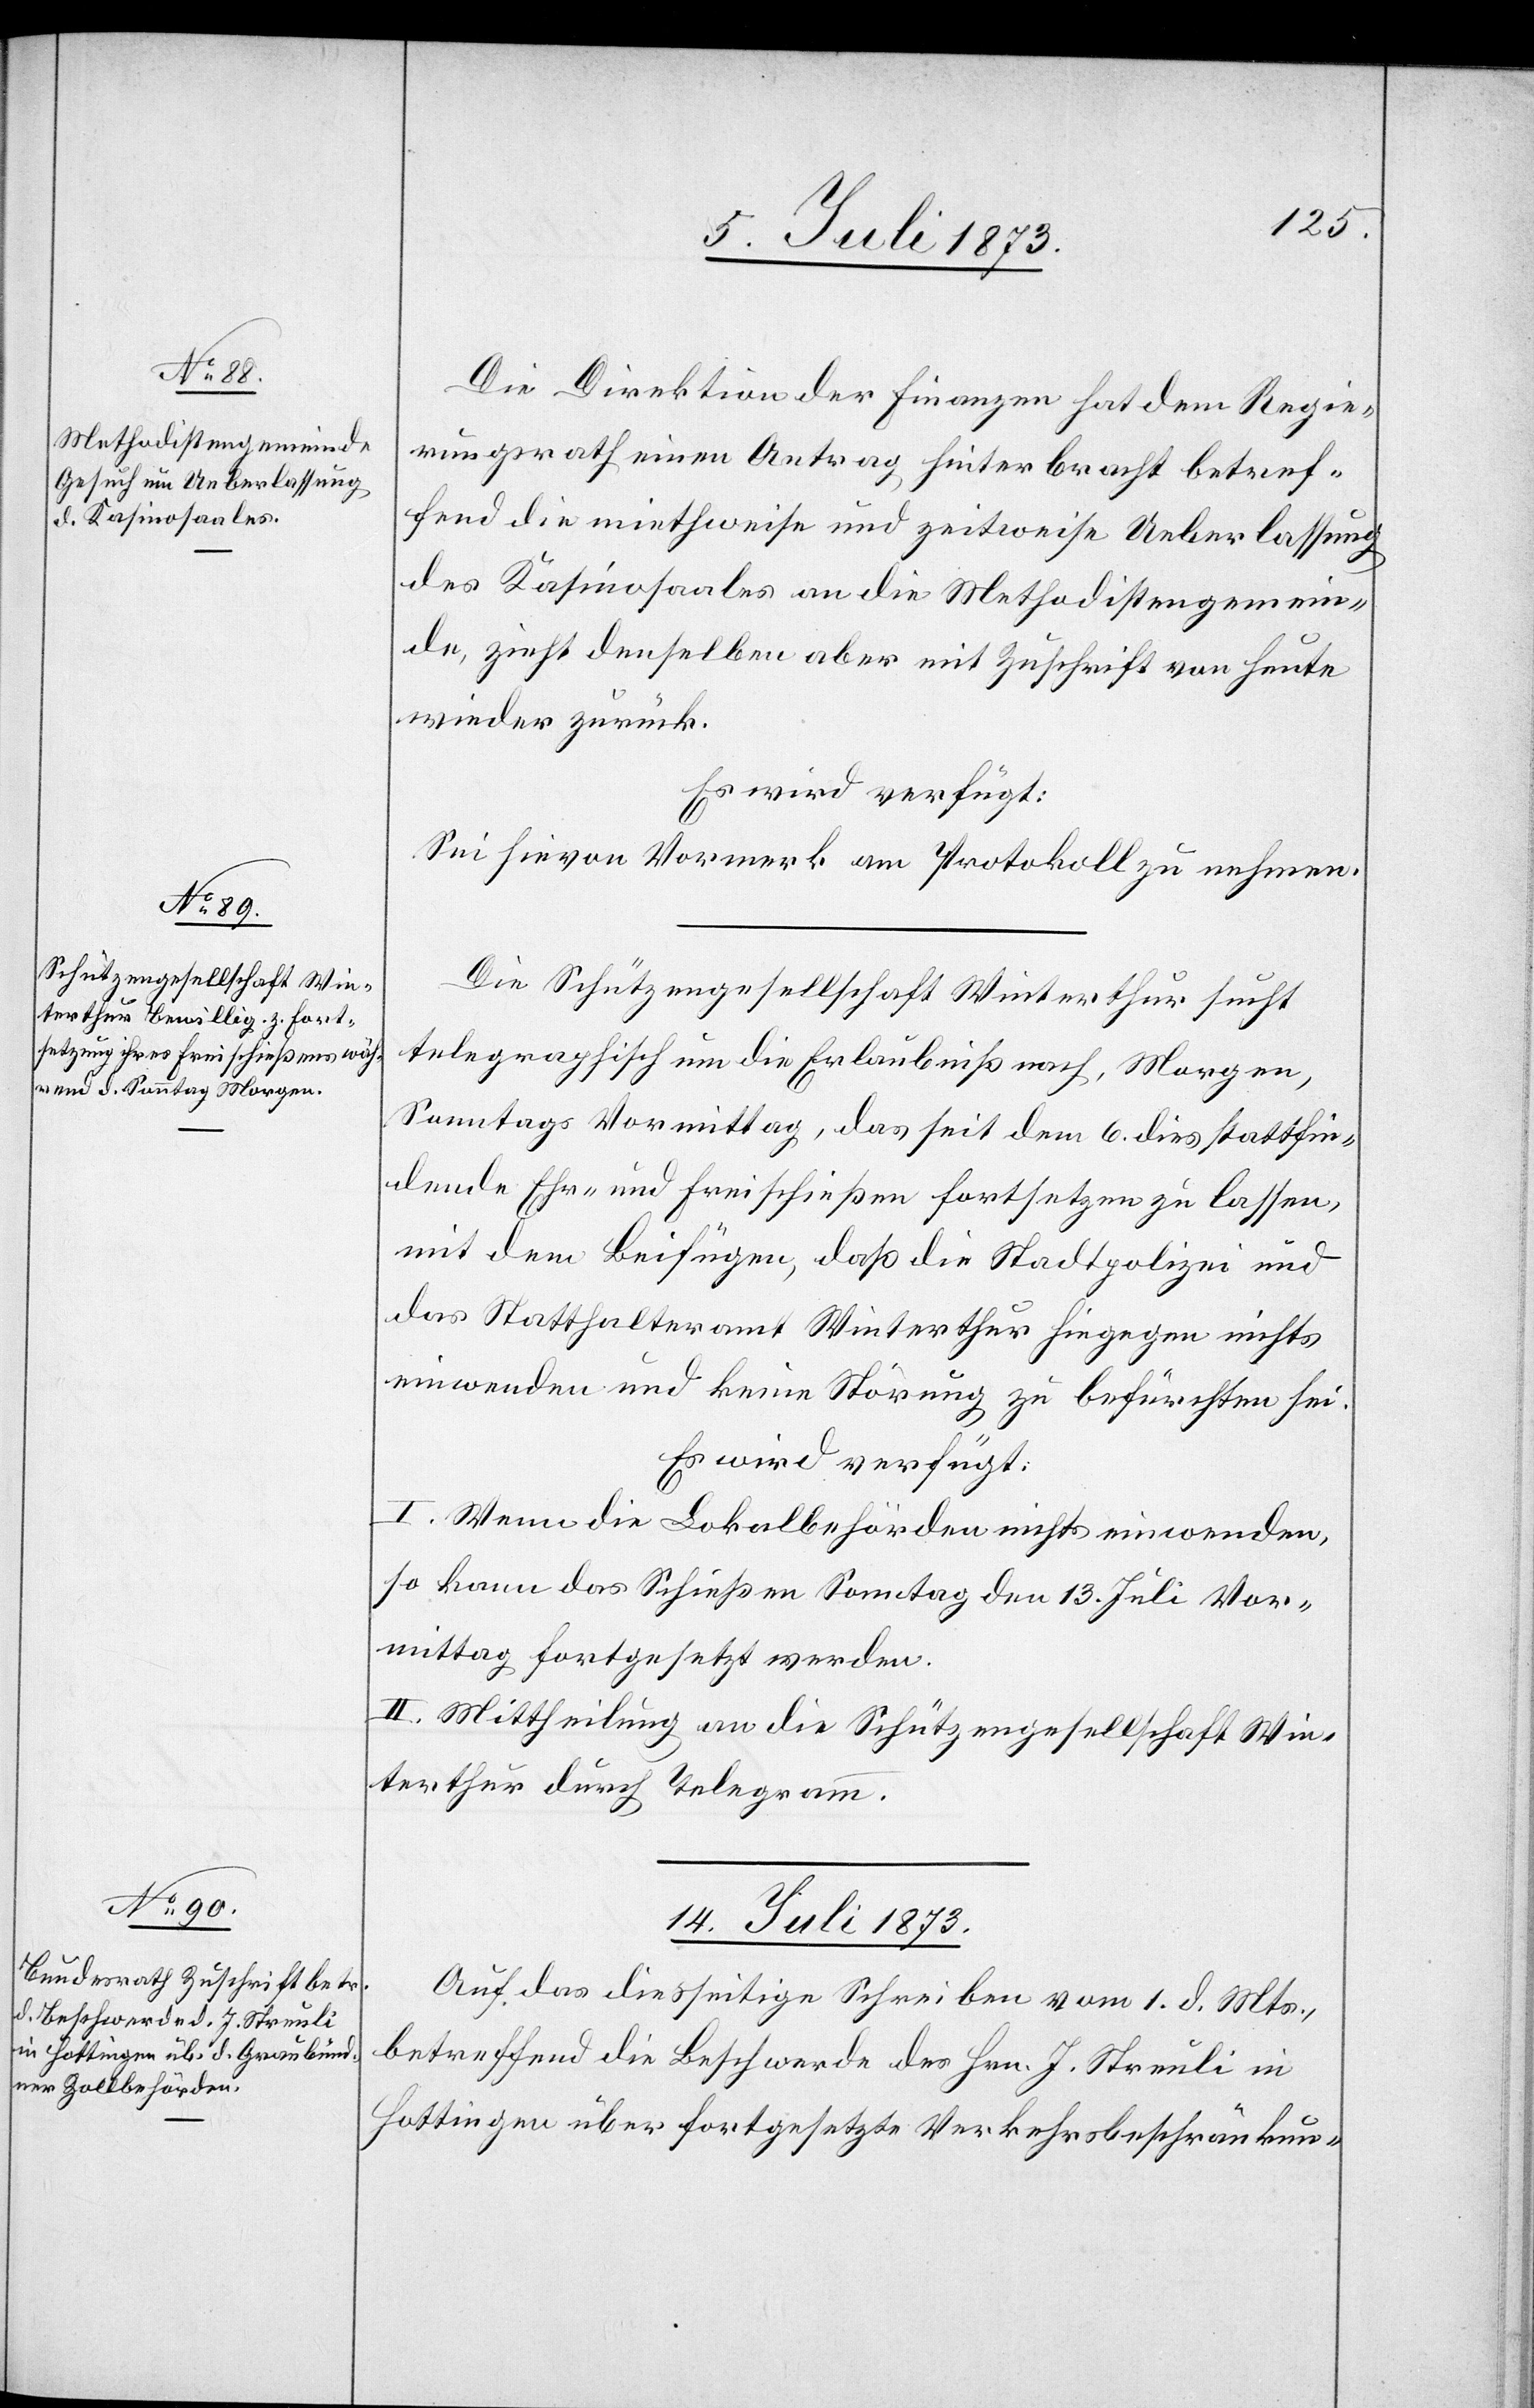
Die Direktion der Finanzen hat dem Regie¬
rungsrath einen Antrag hinterbracht betref¬
fend die miethweise und zeitweise Ueberlassung
des Kasinosaales an die Methodistengemein¬
de, zieht denselben aber mit Zuschrift von heute
wieder zurück.
Es wird verfügt:
Sei hievon Vormerk am Protokoll zu nehmen.
Die Schützengesellschaft Winterthur sucht
telegraphisch um die Erlaubniß nach, Morgen,
Sonntags Vormittag, das seit dem 6. dies stattfin¬
dende Ehr- und Freischießen fortsetzen zu lassen,
mit dem Beifügen, daß die Stadtpolizei und
das Statthalteramt Winterthur hiegegen nichts
einwenden und keine Störung zu befürchten sei.
Es wird verfügt:
I. Wenn die Lokalbehörden nichts einwenden,
so kann das Schießen Sonntag den 13. Juli Vor¬
mittag fortgesetzt werden.
II. Mittheilung an die Schützengesellschaft Win¬
terthur durch Telegramm.
14. Juli 1873.
Auf das diesseitige Schreiben vom 1. d. Mts.,
betreffend die Beschwerde des Hrn. J. Streuli in
Hottingen über fortgesetzte Verkehrsbeschränkun-